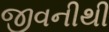
જીવનીથી